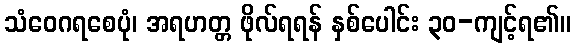
သံဝေဂရစေပုံ၊ အရဟတ္တ ဖိုလ်ရရန် နှစ်ပေါင်း ၃၀-ကျင့်ရ၏။